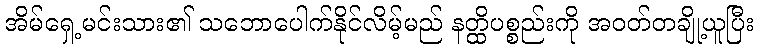
အိမ်ရှေ့မင်းသား၏ သဘောပေါက်နိုင်လိမ့်မည် နတ္ထိပစ္စည်းကို အဝတ်တချို့ယူပြီး